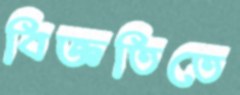
বিজ্ঞতিতে